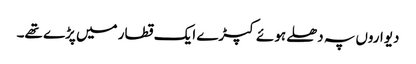
دیواروں پہ دھلے ہوئے کپڑے ایک قطار میں پڑے تھے۔